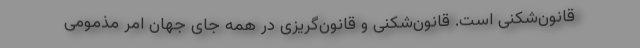
قانون‌شکنی است. قانون‌شکنی و قانون‌گریزی در همه جای جهان امر مذمومی